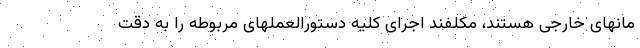
مانهای خارجی هستند، مکلفند اجرای کلیه دستورالعملهای مربوطه را به دقت